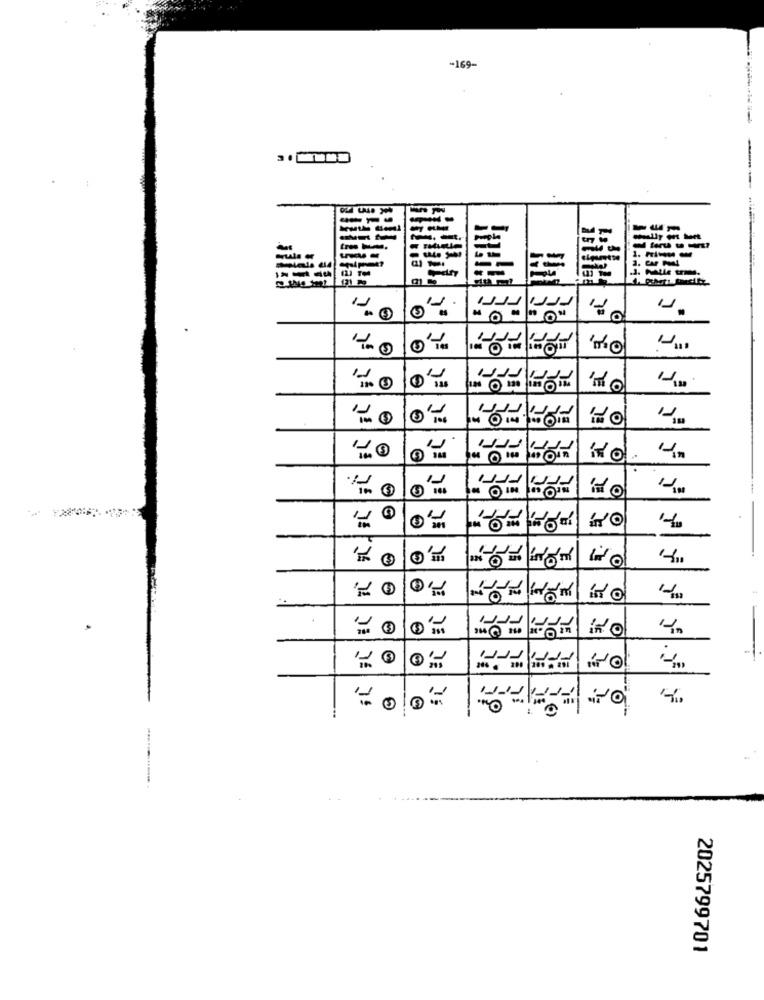
-169-
4016
1. Film cn
414
Hipat?
1. 2 7
al
0
EL
O
in A
..
10
10
E
C
E
.2
-
EL
O
G
()
2025799701